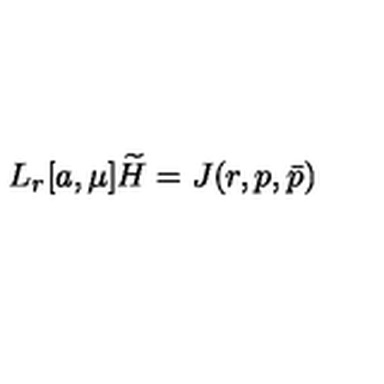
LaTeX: L _ { r } [ a , \mu ] \widetilde { H } = J ( r , p , \bar { p } )